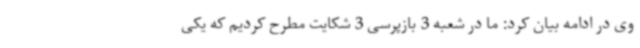
وی در ادامه بیان کرد: ما در شعبه 3 بازپرسی 3 شکایت مطرح کردیم که یکی